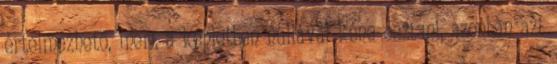
értelmezhető, mert a képletben nullával kéne osztani, azonban azt